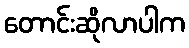
တောင်းဆိုလာပါက